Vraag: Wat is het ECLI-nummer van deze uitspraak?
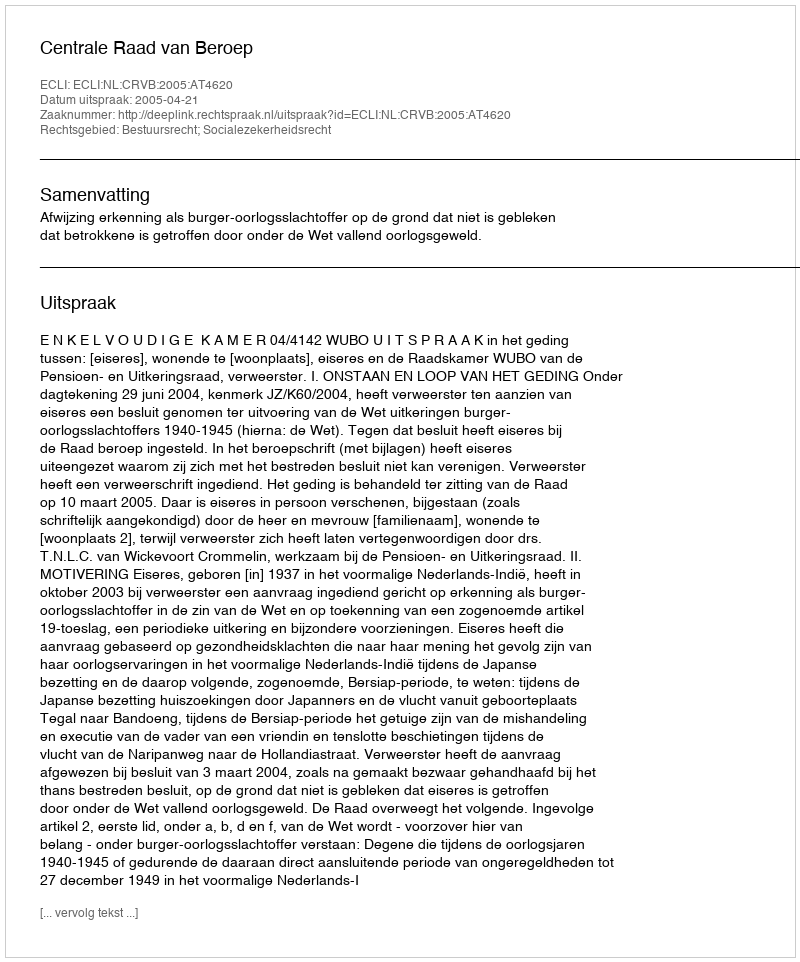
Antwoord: ECLI:NL:CRVB:2005:AT4620